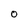
Character: O